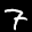
Label: 7